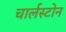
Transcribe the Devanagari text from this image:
चार्लस्टोन